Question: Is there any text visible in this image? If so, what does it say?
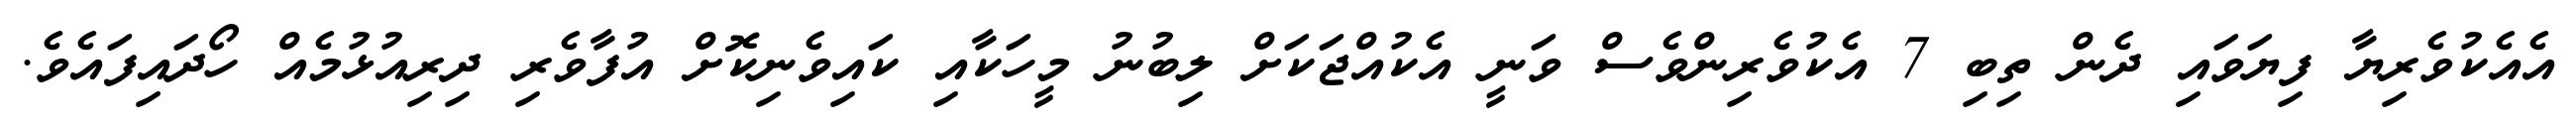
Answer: އެއެކުވެރިޔާ ފިޔަވައި ދެން ތިބި 7 އެކުވެރިންވެސް ވަނީ އެކުއްޖަކަށް ލިބުނު މީހަކާއި ކައިވެނިކޮށް އުފާވެރި ދިރިއުޅުމެއް ހޯދައިފައެވެ.